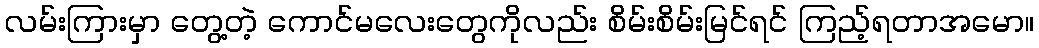
လမ်းကြားမှာ တွေ့တဲ့ ကောင်မလေးတွေကိုလည်း စိမ်းစိမ်းမြင်ရင် ကြည့်ရတာအမော။